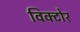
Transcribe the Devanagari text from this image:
विक्टोर